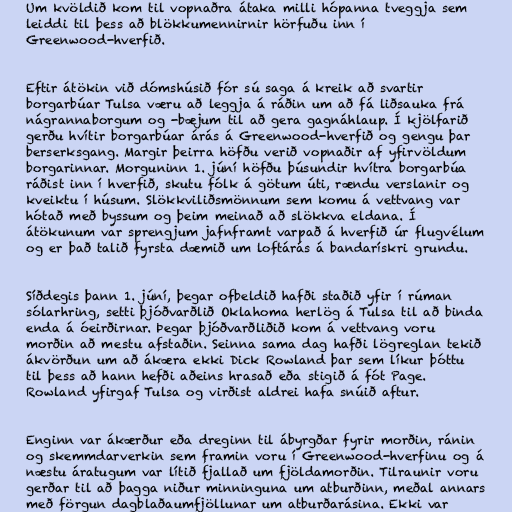
Um kvöldið kom til vopnaðra átaka milli hópanna tveggja sem
leiddi til þess að blökkumennirnir hörfuðu inn í
Greenwood-hverfið.

Eftir átökin við dómshúsið fór sú saga á kreik að svartir
borgarbúar Tulsa væru að leggja á ráðin um að fá liðsauka frá
nágrannaborgum og -bæjum til að gera gagnáhlaup. Í kjölfarið
gerðu hvítir borgarbúar árás á Greenwood-hverfið og gengu þar
berserksgang. Margir þeirra höfðu verið vopnaðir af yfirvöldum
borgarinnar. Morguninn 1. júní höfðu þúsundir hvítra borgarbúa
ráðist inn í hverfið, skutu fólk á götum úti, rændu verslanir og
kveiktu í húsum. Slökkviliðsmönnum sem komu á vettvang var
hótað með byssum og þeim meinað að slökkva eldana. Í
átökunum var sprengjum jafnframt varpað á hverfið úr flugvélum
og er það talið fyrsta dæmið um loftárás á bandarískri grundu.

Síðdegis þann 1. júní, þegar ofbeldið hafði staðið yfir í rúman
sólarhring, setti þjóðvarðlið Oklahoma herlög á Tulsa til að binda
enda á óeirðirnar. Þegar þjóðvarðliðið kom á vettvang voru
morðin að mestu afstaðin. Seinna sama dag hafði lögreglan tekið
ákvörðun um að ákæra ekki Dick Rowland þar sem líkur þóttu
til þess að hann hefði aðeins hrasað eða stigið á fót Page.
Rowland yfirgaf Tulsa og virðist aldrei hafa snúið aftur.

Enginn var ákærður eða dreginn til ábyrgðar fyrir morðin, ránin
og skemmdarverkin sem framin voru í Greenwood-hverfinu og á
næstu áratugum var lítið fjallað um fjöldamorðin. Tilraunir voru
gerðar til að þagga niður minninguna um atburðinn, meðal annars
með förgun dagblaðaumfjöllunar um atburðarásina. Ekki var